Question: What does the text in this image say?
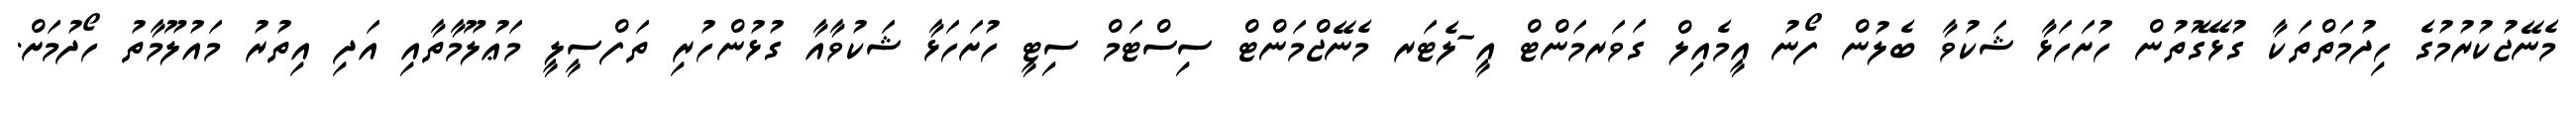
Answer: މެނޭޖުކުރުމުގެ ހިދުމަތްތަކާ ގުޅޭގޮތުން ހުށަހަޅާ ޝަކުވާ ބެލުން ފޯނު އީމެއިލް ގަވަރމަންޓް އީ-ލެޓަރ މެނޭޖްމަންޓް ސިސްޓަމް ސިޓީ ހުށަހަޅާ ޝަކުވާއާ ގުޅުންހުރި ތަފްސީލީ މަޢުލޫމާތާއި އަދި އިތުރު މައުލޫމާތު ހޯދުމަށް.